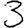
Digit: 3